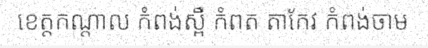
ខេត្តកណ្តាល កំពង់ស្ពឺ កំពត តាកែវ កំពង់ចាម